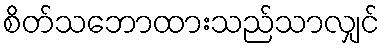
စိတ်သဘောထားသည်သာလျှင်